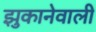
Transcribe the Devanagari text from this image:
झुकानेवाली